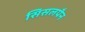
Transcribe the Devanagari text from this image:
सिसलपैन